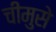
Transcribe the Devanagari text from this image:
चीमुसे